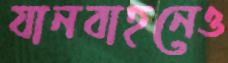
যানবাহনেও